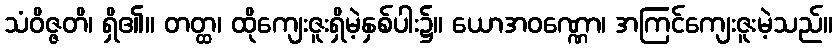
သံဝိဇ္ဇတိ၊ ရှိ၏။ တတ္ထ၊ ထိုကျေးဇူးရှိမဲ့နှစ်ပါး၌။ ယောအဝဏ္ဏော၊ အကြင်ကျေးဇူးမဲ့သည်။